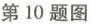
第10题图